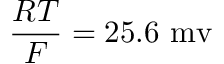
\frac { R T } { F } = 2 5 . 6 ~ \mathrm { m v }